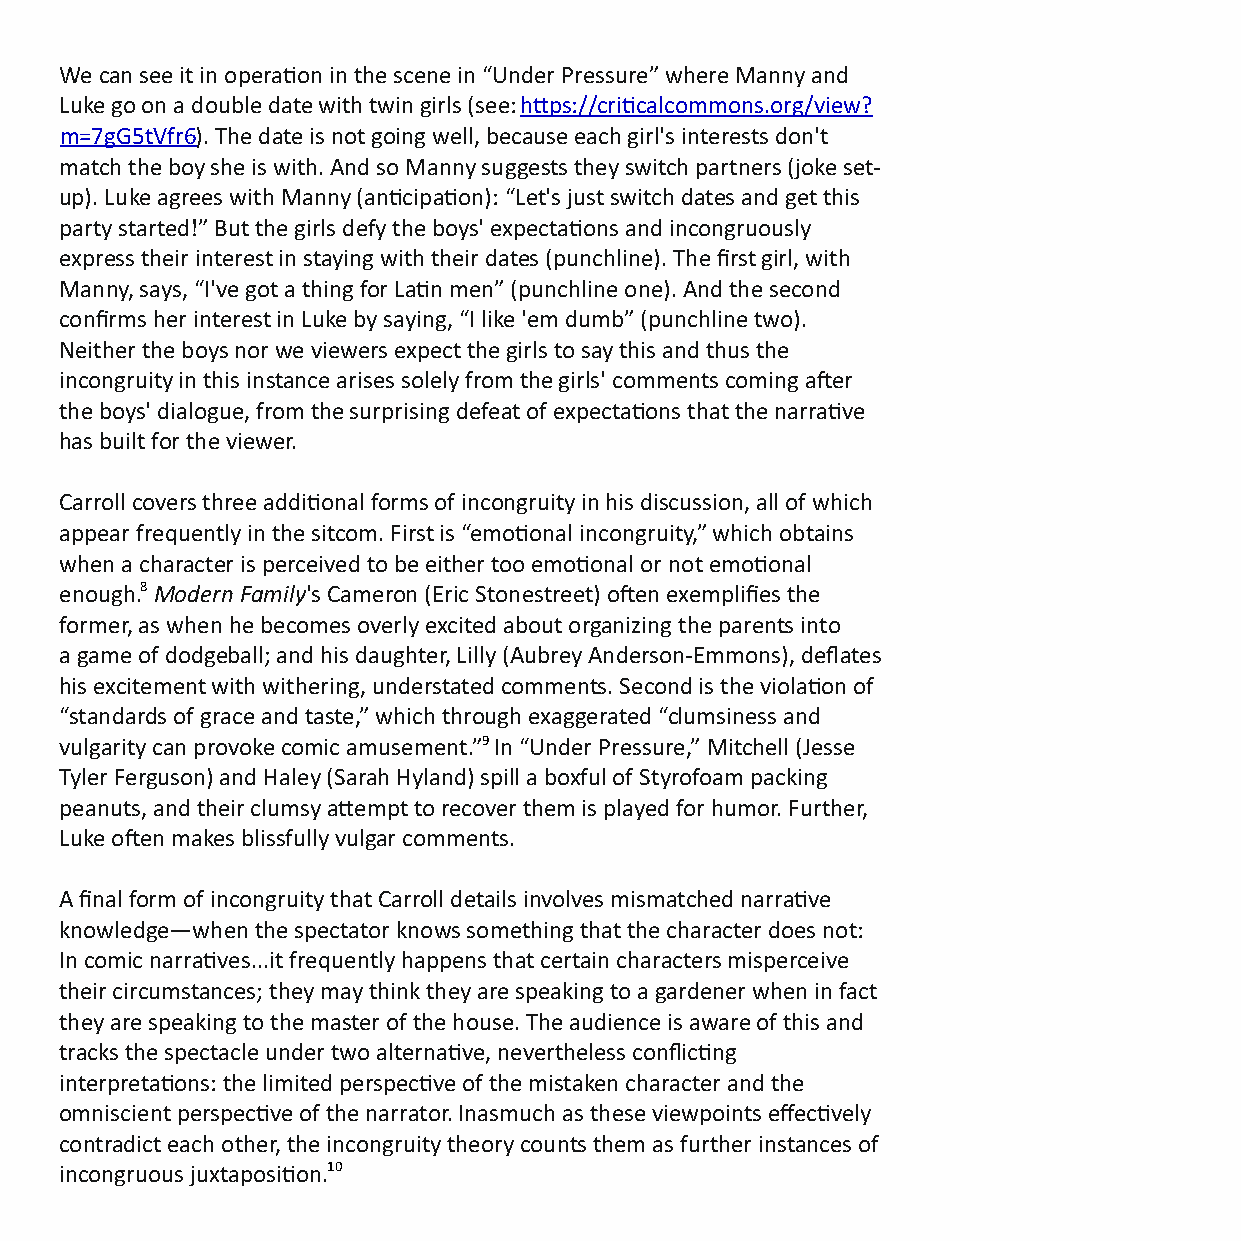
We can see it in operaon in the scene in “Under Pressure” where Manny and
 Luke go on a double date with twin girls (see: h  p s : / / c r i  c a l c o m m o n s . o r g / v i e w ?
 .m = 7 g G 5 t V f r 6 ). The date is not going well, because each girl's interests don't
 match the boy she is with. And so Manny suggests they switch partners (joke set-
 up). Luke agrees with Manny (ancipaon): “Let's just switch dates and get this
 party started!” But the girls defy the boys' expectaons and incongruously
 express their interest in staying with their dates (punchline). The first girl, with
 Manny, says, “I've got a thing for Lan men” (punchline one). And the second
 confirms her interest in Luke by saying, “I like 'em dumb” (punchline two).
 Neither the boys nor we viewers expect the girls to say this and thus the
 incongruity in this instance arises solely from the girls' comments coming aer
 the boys' dialogue, from the surprising defeat of expectaons that the narrave
 has built for the viewer.
 Carroll covers three addional forms of incongruity in his discussion, all of which
 appear frequently in the sitcom. First is “emoonal incongruity,” which obtains
 when a character is perceived to be either too emoonal or not emoonal
 enough.8 Modern Family's Cameron (Eric Stonestreet) oen exemplifies the
 former, as when he becomes overly excited about organizing the parents into
 a game of dodgeball; and his daughter, Lilly (Aubrey Anderson-Emmons), deflates
 his excitement with withering, understated comments. Second is the violaon of
 “standards of grace and taste,” which through exaggerated “clumsiness and
 vulgarity can provoke comic amusement.”9 In “Under Pressure,” Mitchell (Jesse
 Tyler Ferguson) and Haley (Sarah Hyland) spill a boxful of Styrofoam packing
 peanuts, and their clumsy aempt to recover them is played for humor. Further,
 Luke oen makes blissfully vulgar comments.
 A final form of incongruity that Carroll details involves mismatched narrave
 knowledge—when the spectator knows something that the character does not:
 In comic narraves...it frequently happens that certain characters misperceive
 their circumstances; they may think they are speaking to a gardener when in fact
 they are speaking to the master of the house. The audience is aware of this and
 tracks the spectacle under two alternave, nevertheless conflicng
 interpretaons: the limited perspecve of the mistaken character and the
 omniscient perspecve of the narrator. Inasmuch as these viewpoints effecvely
 contradict each other, the incongruity theory counts them as further instances of
 incongruous juxtaposion.10